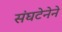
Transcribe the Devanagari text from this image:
संघटेनेने